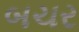
બચર